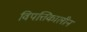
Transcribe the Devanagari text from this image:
विपत्तिकालीन